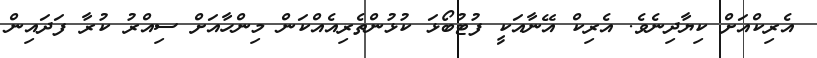
އެރިކްއަށް ކިޔާދިނެވެ. އެރިކް އޭނާއަކީ ފުޓުބޯޅަ ކުޅުންތެރިއެއްކަން މިންހާއަށް ސިއްރު ކުރާ ފަދައިން